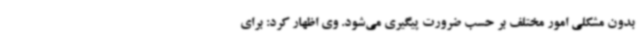
بدون مشکلی امور مختلف بر حسب ضرورت پیگیری می‌شود. وی اظهار کرد: برای